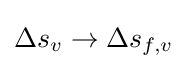
\Delta s_{v}\rightarrow \Delta s_{f,v}